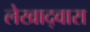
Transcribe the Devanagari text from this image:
लेखाद्वारा